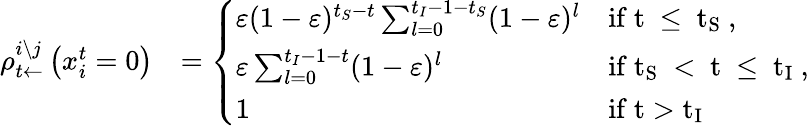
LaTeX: \begin{array}{rl}{\rho_{t\leftarrow}^{i\setminus j}\left(x_{i}^{t}=0\right)}&{=\left\{ \begin{array}{ll}{\varepsilon(1-\varepsilon)^{t_{S}-t}\sum_{l=0}^{t_{I}-1-t_{S}}(1-\varepsilon)^{l}}&{\mathrm{if~t~\leq~t_S~},}\\ {\varepsilon\sum_{l=0}^{t_{I}-1-t}(1-\varepsilon)^{l}}&{\mathrm{if~t_S~<~t~\leq~t_I~},}\\ {1}&{\mathrm{if~t>t_I~}}\end{array}\right.}\end{array}